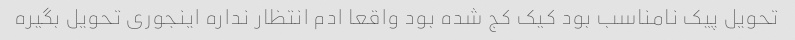
تحویل پیک نامناسب بود کیک کج شده بود واقعا ادم انتظار نداره اینجوری تحویل بگیره